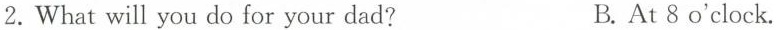
2.What will you do for your dad? B.At 8 o'clock.